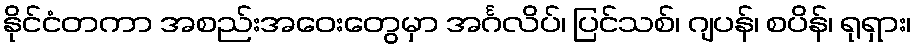
နိုင်ငံတကာ အစည်းအဝေးတွေမှာ အင်္ဂလိပ်၊ ပြင်သစ်၊ ဂျပန်၊ စပိန်၊ ရုရှား၊